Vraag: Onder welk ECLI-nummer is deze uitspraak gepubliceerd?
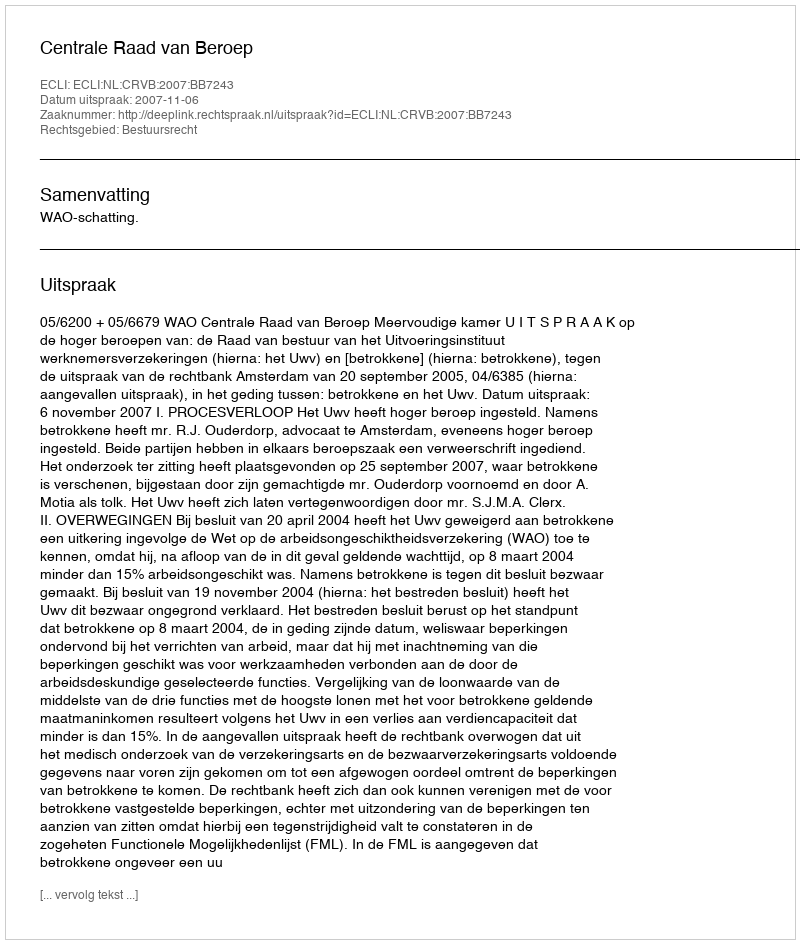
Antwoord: ECLI:NL:CRVB:2007:BB7243